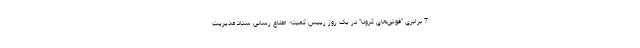
7 برابری "فوتی‌های کرونا" در یک روز رییس کمیته اطلاع رسانی ستاد مدیریت